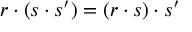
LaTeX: r \cdot ( s \cdot s ^ { \prime } ) = ( r \cdot s ) \cdot s ^ { \prime }